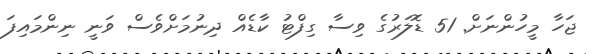
ޖަހާ މީހުންނަށް